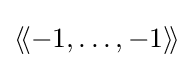
\langle \!\langle -1,\ldots ,-1\rangle \!\rangle